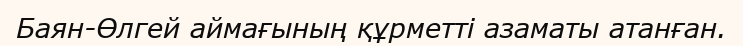
Баян-Өлгей аймағының құрметті азаматы атанған.